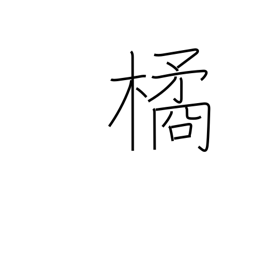
Meaning: mandarin orange